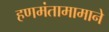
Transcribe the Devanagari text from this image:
हणमंतामामाने